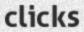
clicks